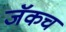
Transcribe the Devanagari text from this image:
जॅकच